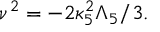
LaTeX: \nu ^ { 2 } = - 2 \kappa _ { 5 } ^ { 2 } \Lambda _ { 5 } / 3 .